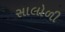
સાલોળી